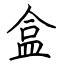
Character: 盒